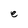
Character: e